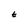
Character: t